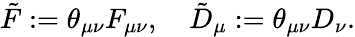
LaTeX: \tilde{F}:=\theta_{\mu\nu}F_{\mu\nu},\quad\tilde{D}_{\mu}:=\theta_{\mu\nu}D_{\nu}.